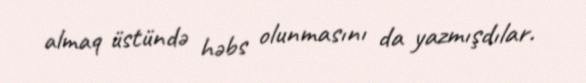
almaq üstündə həbs olunmasını da yazmışdılar.